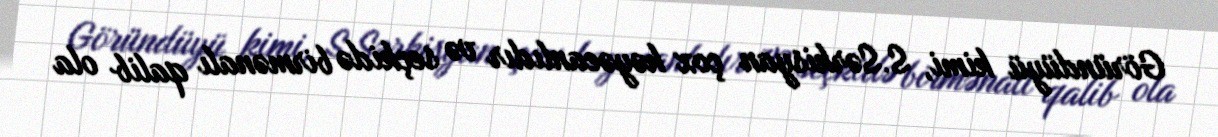
Göründüyü kimi, S.Sərkisyan çox həyəcanlıdır və seçkidə birmənalı qalib ola